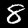
Digit: 8